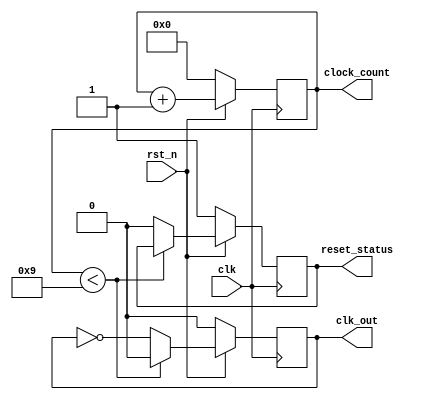
module ClockCycleInitialization #(
    parameter CLK_FREQ = 50_000_000, // Clock frequency in Hz
    parameter DUTY_CYCLE = 50,        // Duty cycle in percentage
    parameter INIT_VALUE = 8'h00,     // Initial value for registers
    parameter RESET_TIME = 10          // Reset duration in clock cycles
)(
    input wire clk,                   // External clock input
    input wire rst_n,                 // Asynchronous active-low reset
    output reg clk_out,               // Generated clock signal
    output reg [31:0] clock_count,    // Current clock cycle count
    output reg reset_status            // Reset status signal
);

    // Internal parameters
    localparam CLOCK_PERIOD = (1000_000_000 / CLK_FREQ); // Clock period in ns
    localparam HIGH_TIME = (CLOCK_PERIOD * DUTY_CYCLE) / 100;
    localparam LOW_TIME = CLOCK_PERIOD - HIGH_TIME;

    // Clock generation
    initial begin
        clk_out = 0;
        clock_count = 0;
        reset_status = 1; // Start in reset
    end

    always @(posedge clk) begin
        if (!rst_n) begin
            // Asynchronous reset
            clk_out <= 0;
            clock_count <= 0;
            reset_status <= 1;
        end else begin
            // Generate clock signal
            if (clock_count < (RESET_TIME - 1)) begin
                clk_out <= 0; // Keep clock low during reset
                clock_count <= clock_count + 1;
            end else begin
                clk_out <= ~clk_out; // Toggle clock signal
                clock_count <= clock_count + 1;
                reset_status <= 0; // Reset is released
            end
        end
    end

endmodule